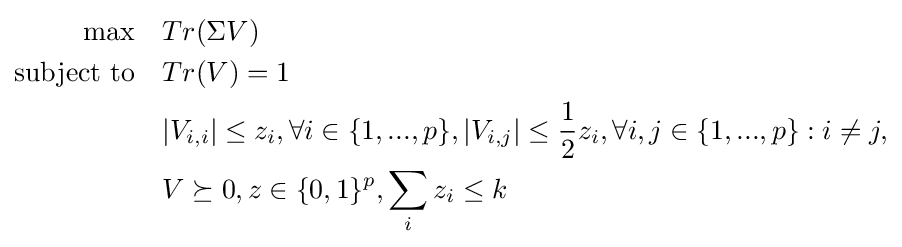
{\begin{aligned}\max \quad &Tr(\Sigma V)\\{\text{subject to}}\quad &Tr(V)=1\\&\vert V_{i,i}\vert \leq z_{i},\forall i\in \{1,...,p\},\vert V_{i,j}\vert \leq {\frac {1}{2}}z_{i},\forall i,j\in \{1,...,p\}:i\neq j,\\&V\succeq 0,z\in \{0,1\}^{p},\sum _{i}z_{i}\leq k\end{aligned}}